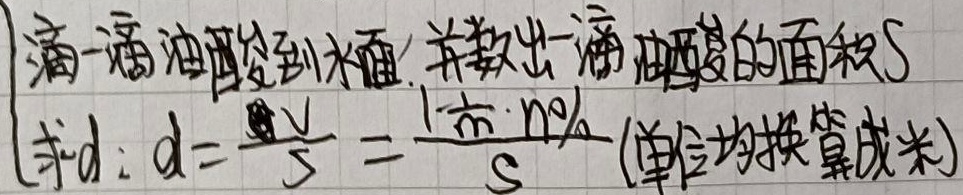
$\begin{cases}\text{滴一滴油酸到水面, 并数出一滴油酸的面积}S\\\text{求}d:d = \frac{V}{S}=\frac{1\text{市}\cdot n\%}{S}\text{(单位均换算成米)}\end{cases}$